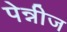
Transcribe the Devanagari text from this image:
पेन्नीज